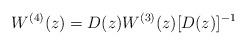
LaTeX: \begin{align*} W^{(4)}(z)=D(z)W^{(3)}(z) [D(z)]^{-1}\end{align*}